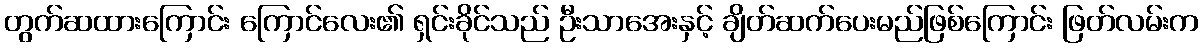
တွက်ဆထားကြောင်း ကြောင်လေး၏ ရှင်းခိုင်သည် ဦးသာအေးနှင့် ချိတ်ဆက်ပေးမည်ဖြစ်ကြောင်း ဖြတ်လမ်းက